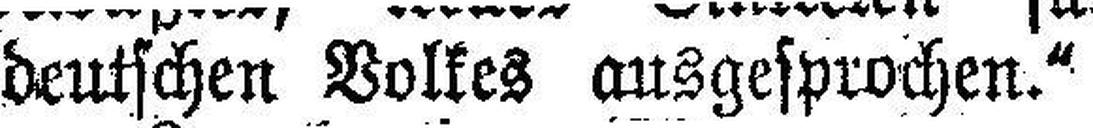
deutschen Volkes ausgesprochen.“